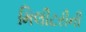
મિલીટરીની